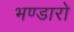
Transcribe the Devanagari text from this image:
भण्डारो